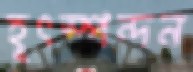
হূৎস্পন্দন